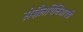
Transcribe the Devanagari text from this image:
सेज़ैलपिनिआपडी